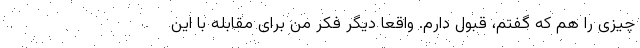
چیزی را هم که گفتم، قبول دارم. واقعاً دیگر فکر من برای مقابله با این